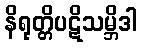
နိရုတ္တိပဋိသမ္ဘိဒါ